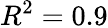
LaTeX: R^{2}=0.9